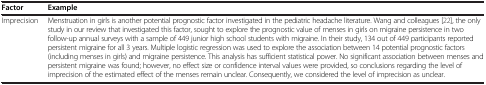
| Factor | Example |
 | --- | --- |
 | Imprecision | Menstruation in girls is another potential prognostic factor investigated in the pediatric headache literature. Wang and colleagues [22], the only study in our review that investigated this factor, sought to explore the prognostic value of menses in girls on migraine persistence in two follow-up annual surveys with a sample of 449 junior high school students with migraine. In their study, 134 out of 449 participants reported persistent migraine for all 3 years. Multiple logistic regression was used to explore the association between 14 potential prognostic factors (including menses in girls) and migraine persistence. This analysis has sufficient statistical power. No significant association between menses and persistent migraine was found; however, no effect size or confidence interval values were provided, so conclusions regarding the level of imprecision of the estimated effect of the menses remain unclear. Consequently, we considered the level of imprecision as unclear. |